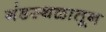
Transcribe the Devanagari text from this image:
गंडस्थळातून